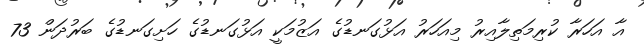
އާ އަހަރާ ކުރިމަތިލާއިރު މިއަހަރު އަޅުގަނޑުގެ އަޒުމަކީ އަޅުގަނޑުގެ ހަށިގަނޑުގެ ބަރުދަން 73